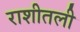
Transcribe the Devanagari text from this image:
राशीतली